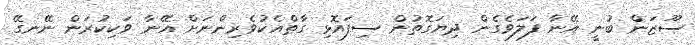
ސޫޒަން ބުނީ އޭނާ ފަލަވެގެން ދިޔަގޮތުން ސިފައޮޅި ގާތްއެކުވެރިންނަށް އޭނާ ވަކިކުރަން ނޭނގޭ